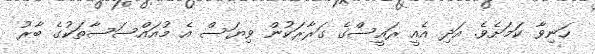
ހަނިވާ ކަމަށެވެ. އަދި އެއީ ރައީސްގެ ގަރާރަކުން ވިޔަސް އެ މުއައްސަސާތަކުގެ ބާރު